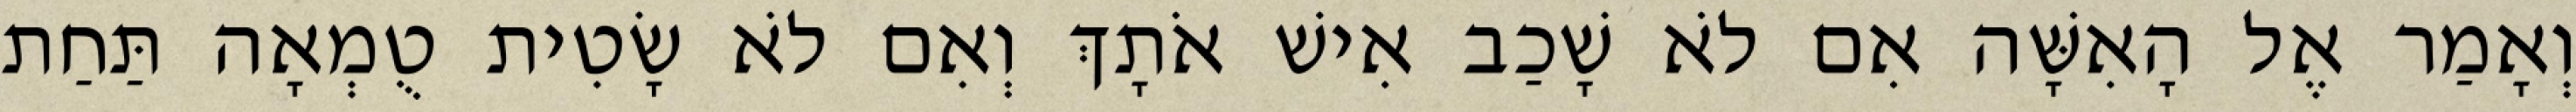
וְאָמַר אֶל הָאִשָּׁה אִם לֹא שָׁכַב אִישׁ אֹתָךְ וְאִם לֹא שָׂטִית טֻמְאָה תַּחַת